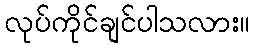
လုပ်ကိုင်ချင်ပါသလား။